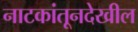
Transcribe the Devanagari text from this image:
नाटकांतूनदेखील